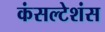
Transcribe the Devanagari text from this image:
कंसल्टेशंस